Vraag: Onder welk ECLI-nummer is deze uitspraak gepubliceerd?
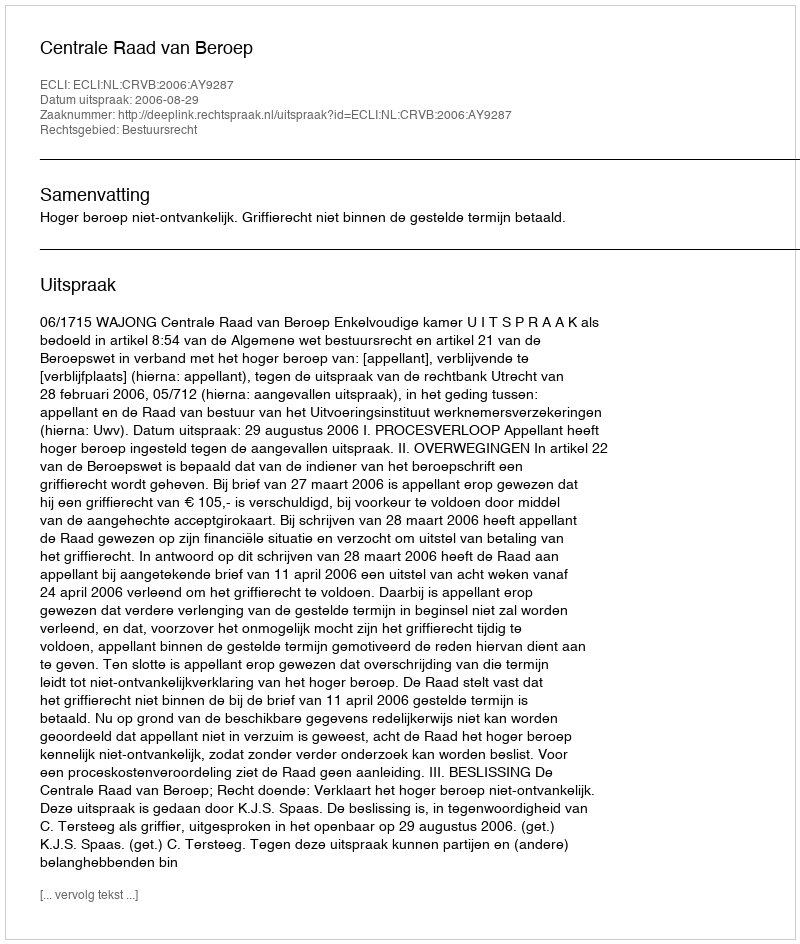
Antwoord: ECLI:NL:CRVB:2006:AY9287